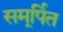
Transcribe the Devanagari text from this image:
समर्र्पित